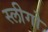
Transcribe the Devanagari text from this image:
स्लीगो